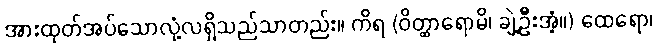
အားထုတ်အပ်သောလုံ့လရှိသည်သာတည်း။ ကိရ (ဝိတ္ထာရောမိ၊ ချဲ့ဦးအံ့။) ထေရော၊